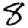
Digit: 8